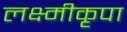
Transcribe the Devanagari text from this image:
लक्ष्मीकृपा